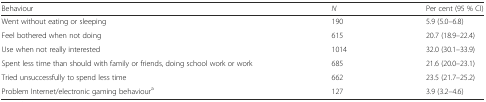
<table><thead><tr><td><b>Behaviour</b></td><td><b><i>N</i></b></td><td><b>Per cent (95 % CI)</b></td></tr></thead><tbody><tr><td>Went without eating or sleeping</td><td>190</td><td>5.9 (5.0–6.8)</td></tr><tr><td>Feel bothered when not doing</td><td>615</td><td>20.7 (18.9–22.4)</td></tr><tr><td>Use when not really interested</td><td>1014</td><td>32.0 (30.1–33.9)</td></tr><tr><td>Spent less time than should with family or friends, doing school work or work</td><td>685</td><td>21.6 (20.0–23.1)</td></tr><tr><td>Tried unsuccessfully to spend less time</td><td>662</td><td>23.5 (21.7–25.2)</td></tr><tr><td>Problem Internet/electronic gaming behaviour<sup>a</sup></td><td>127</td><td>3.9 (3.2–4.6)</td></tr></tbody></table>